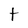
Character: t